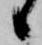
候